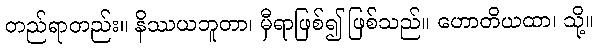
တည်ရာတည်း။ နိဿယဘူတာ၊ မှီရာဖြစ်၍ ဖြစ်သည်။ ဟောတိယထာ၊ သို့။